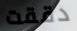
دققت